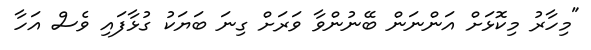
"މިހާރު މިކޮޅަށް އަންނަން ބޭނުންވާ ވަރަށް ގިނަ ބަޔަކު ގުޅާފައި ވެސް އަހާ